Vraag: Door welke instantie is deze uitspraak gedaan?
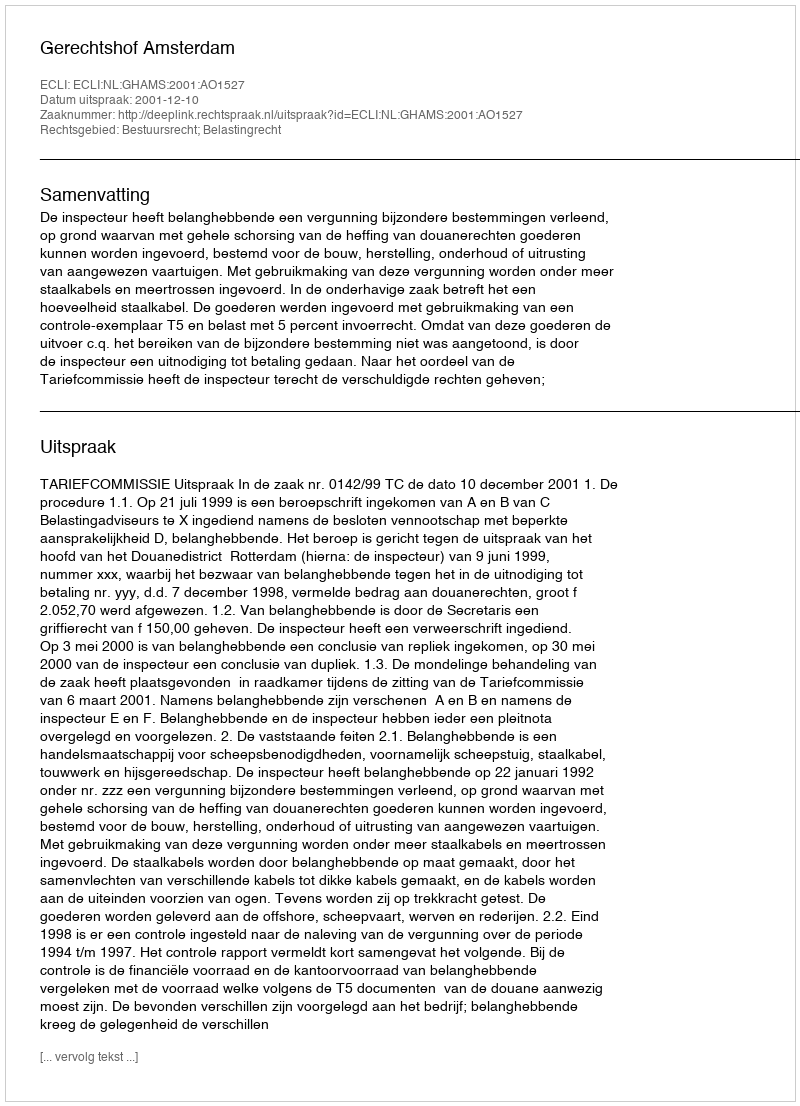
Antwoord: Gerechtshof Amsterdam